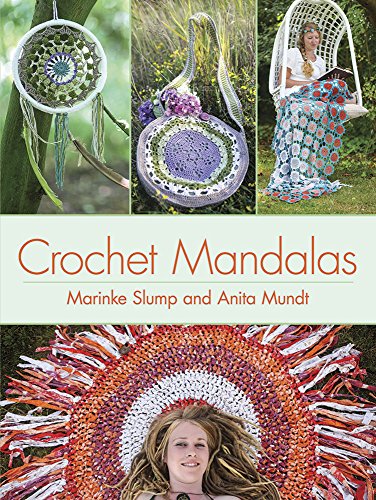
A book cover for Crochet Mandalas (Dover Knitting, Crochet, Tatting, Lace); Marinke Slump; Crafts, Hobbies & Home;